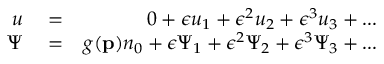
\begin{array} { r l r } { u } & { { } = } & { 0 + \epsilon u _ { 1 } + \epsilon ^ { 2 } u _ { 2 } + \epsilon ^ { 3 } u _ { 3 } + . . . } \\ { \Psi } & { { } = } & { g ( \mathbf { p } ) n _ { 0 } + \epsilon \Psi _ { 1 } + \epsilon ^ { 2 } \Psi _ { 2 } + \epsilon ^ { 3 } \Psi _ { 3 } + . . . } \end{array}